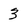
Character: 3